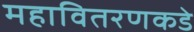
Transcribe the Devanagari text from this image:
महावितरणकडे